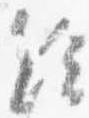
給